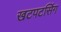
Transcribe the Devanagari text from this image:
खटपटसिंग